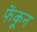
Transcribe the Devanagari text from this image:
फेंकून